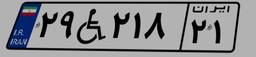
۵۷W۸۰۷۷۲